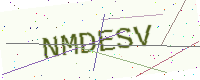
Text: NMDESV